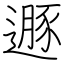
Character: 遯